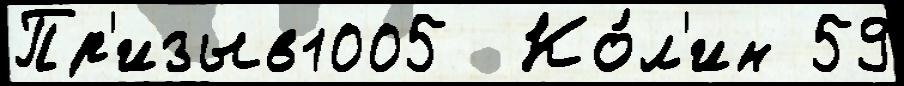
Пр'изыв1005  Ко́л'ин 59